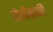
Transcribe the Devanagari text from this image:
टोलीग्राफी